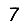
Digit: 7